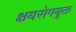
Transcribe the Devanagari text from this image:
क्षयरोगयुक्त